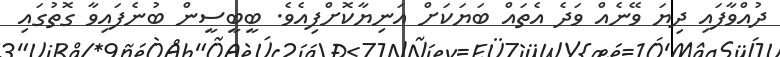
ދުއްވާފައި ދިޔަ ވޭނެއް ވަދެ އެތައް ބަޔަކަށް އަނިޔާކޮށްފިއެވެ. ބީބީސީން ބުނެފައިވާ ގޮތުގައި